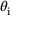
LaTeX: \theta _ { \mathrm { i } }